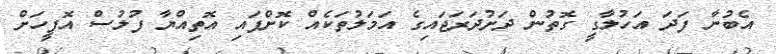
އެބުނާ ފަދަ އަހުލާގީ ގޮތުން ދަށުދަރަޖައިގެ އަމަލުތަކެއް ކޮށްފައި އޮތިއްޔާ ފުލުސް އޮފީހަށް